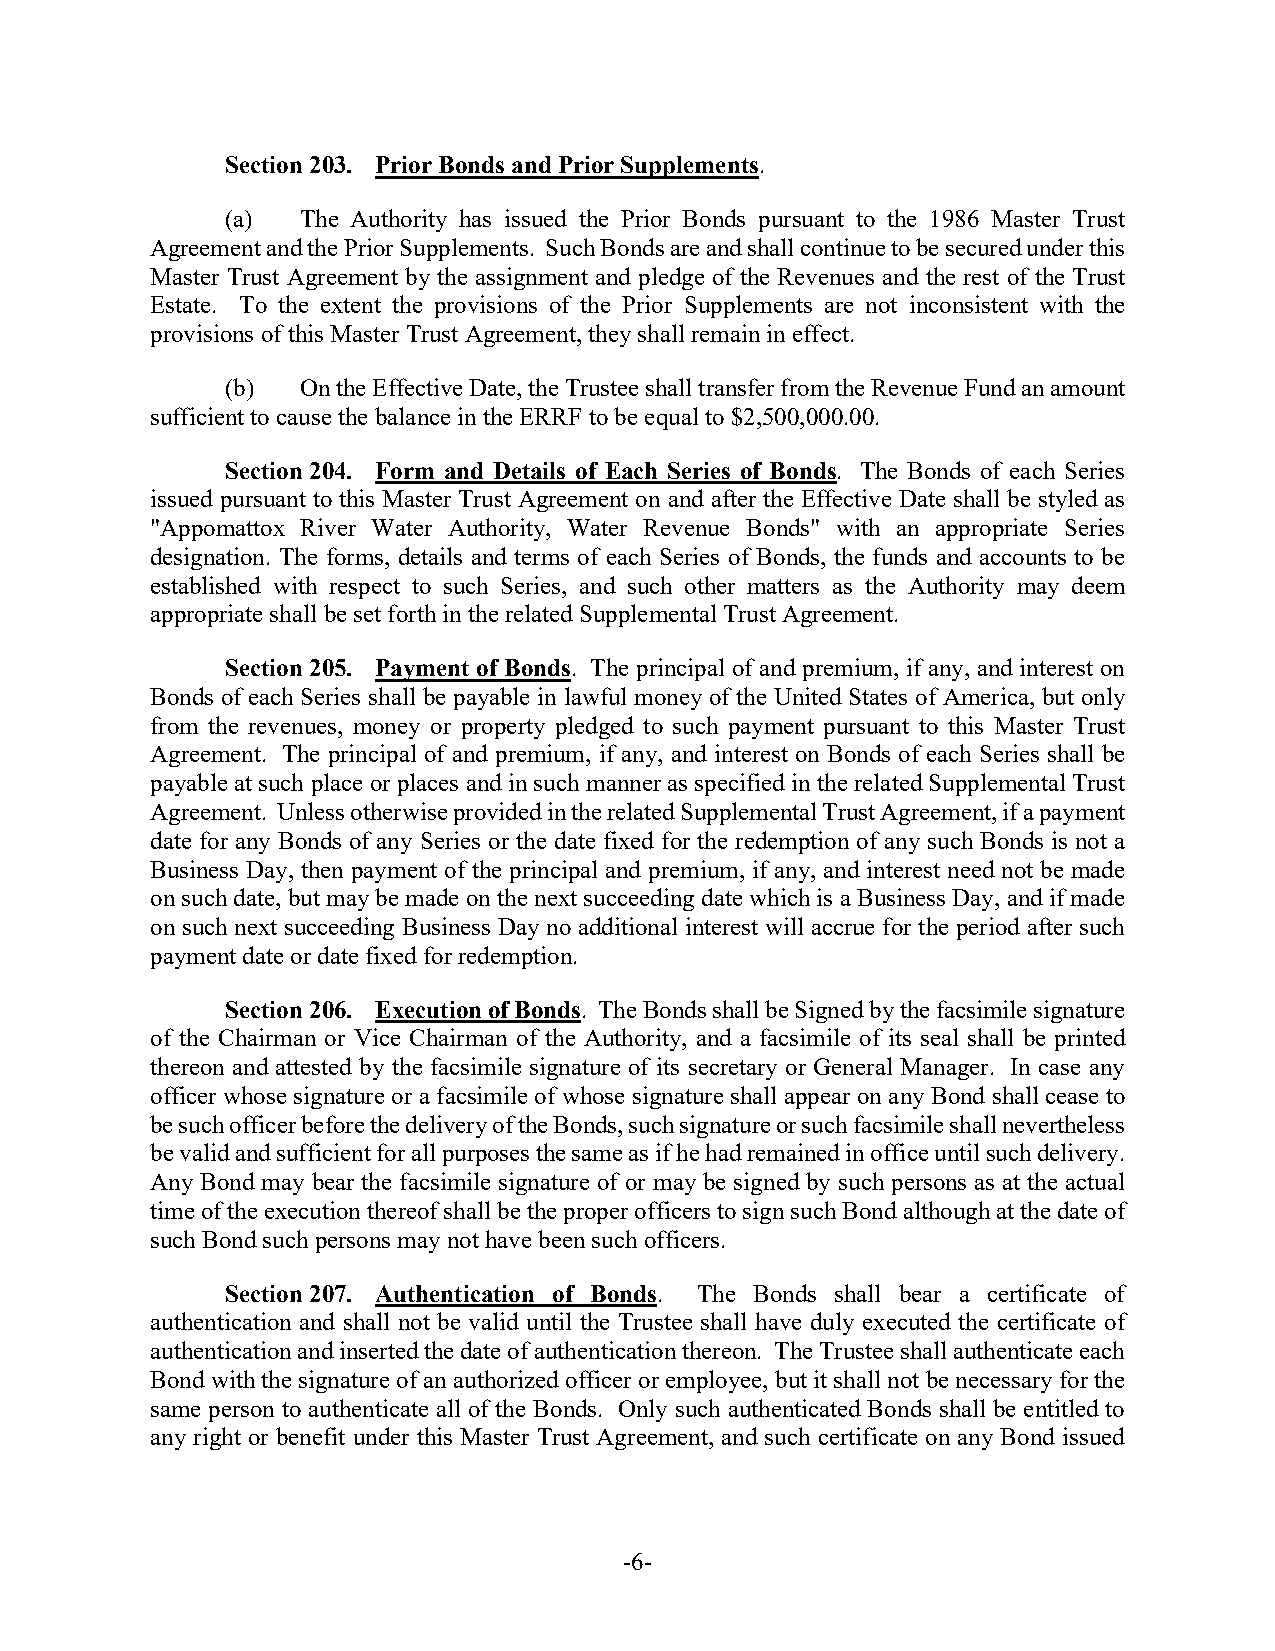
Section 203. Prior Bonds and Prior Supplements.
 (a)  The Authority has issued the Prior Bonds pursuant to the 1986 Master Trust
 Agreement and the Prior Supplements. Such Bonds are and shall continue to be secured under this
 Master Trust Agreement by the assignment and pledge of the Revenues and the rest of the Trust
 Estate. To the extent the provisions of the Prior Supplements are not inconsistent with the
 provisions of this Master Trust Agreement, they shall remain in effect.
 (b)  On the Effective Date, the Trustee shall transfer from the Revenue Fund an amount
 sufficient to cause the balance in the ERRF to be equal to $2,500,000.00.
 Section 204. Form and Details of Each Series of Bonds. The Bonds of each Series
 issued pursuant to this Master Trust Agreement on and after the Effective Date shall be styled as
 "Appomattox River Water Authority, Water Revenue Bonds" with an appropriate Series
 designation. The forms, details and terms of each Series of Bonds, the funds and accounts to be
 established with respect to such Series, and such other matters as the Authority may deem
 appropriate shall be set forth in the related Supplemental Trust Agreement.
 Section 205. Payment of Bonds. The principal of and premium, if any, and interest on
 Bonds of each Series shall be payable in lawful money of the United States of America, but only
 from the revenues, money or property pledged to such payment pursuant to this Master Trust
 Agreement. The principal of and premium, if any, and interest on Bonds of each Series shall be
 payable at such place or places and in such manner as specified in the related Supplemental Trust
 Agreement. Unless otherwise provided in the related Supplemental Trust Agreement, if a payment
 date for any Bonds of any Series or the date fixed for the redemption of any such Bonds is not a
 Business Day, then payment of the principal and premium, if any, and interest need not be made
 on such date, but may be made on the next succeeding date which is a Business Day, and if made
 on such next succeeding Business Day no additional interest will accrue for the period after such
 payment date or date fixed for redemption.
 Section 206. Execution of Bonds. The Bonds shall be Signed by the facsimile signature
 of the Chairman or Vice Chairman of the Authority, and a facsimile of its seal shall be printed
 thereon and attested by the facsimile signature of its secretary or General Manager. In case any
 officer whose signature or a facsimile of whose signature shall appear on any Bond shall cease to
 be such officer before the delivery of the Bonds, such signature or such facsimile shall nevertheless
 be valid and sufficient for all purposes the same as if he had remained in office until such delivery.
 Any Bond may bear the facsimile signature of or may be signed by such persons as at the actual
 time of the execution thereof shall be the proper officers to sign such Bond although at the date of
 such Bond such persons may not have been such officers.
 Section 207. Authentication of Bonds. The Bonds shall bear a certificate of
 authentication and shall not be valid until the Trustee shall have duly executed the certificate of
 authentication and inserted the date of authentication thereon. The Trustee shall authenticate each
 Bond with the signature of an authorized officer or employee, but it shall not be necessary for the
 same person to authenticate all of the Bonds. Only such authenticated Bonds shall be entitled to
 any right or benefit under this Master Trust Agreement, and such certificate on any Bond issued
 -6-